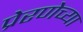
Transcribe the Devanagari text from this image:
प्रेरणेच्या